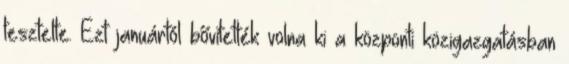
tesztelte. Ezt januártól bővítették volna ki a központi közigazgatásban